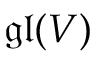
{ \mathfrak { g l } } ( V )